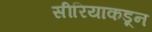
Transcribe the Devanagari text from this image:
सीरियाकडून